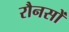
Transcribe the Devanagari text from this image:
रौनसों